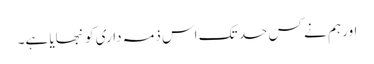
اور ہم نے کس حد تک اس ذمہ داری کو نبھایا ہے۔